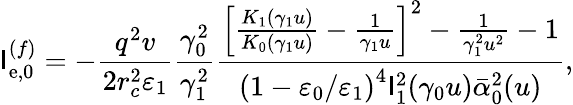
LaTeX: \mathsf{I}_{\mathrm{{e}},0}^{(f)}=-\frac{{q^{2}v}}{{2r_{c}^{2}\varepsilon_{1}}}\frac{{\gamma_{0}^{2}}}{{\gamma_{1}^{2}}}\frac{{\left[\frac{{K_{1}(\gamma_{1}u)}}{{K_{0}(\gamma_{1}u)}}-\frac{{1}}{{\gamma_{1}u}}\right]^{2}-\frac{{1}}{{\gamma_{1}^{2}u^{2}}}-1}}{{\left(1-\varepsilon_{0}/\varepsilon_{1}\right)^{4}\mathsf{I}_{1}^{2}(\gamma_{0}u)\bar{{\alpha}}_{0}^{2}(u)}},